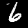
Label: 6